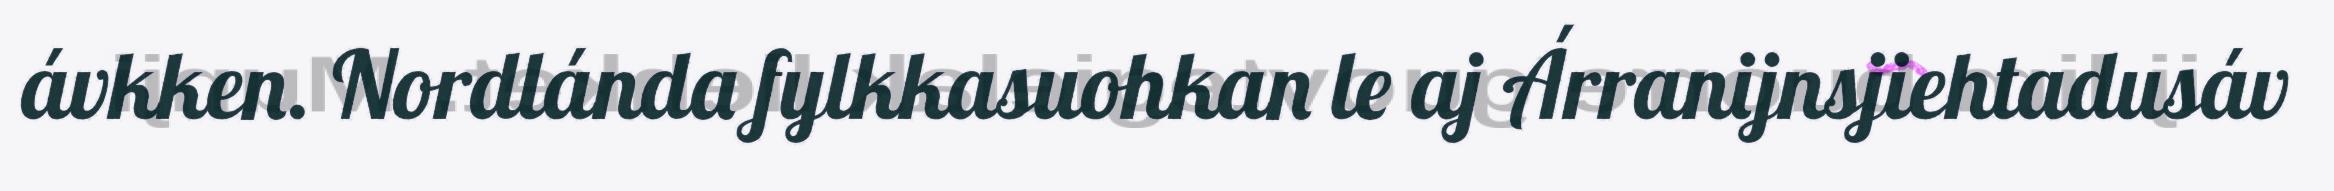
ávkken. Nordlánda fylkkasuohkan le aj Árranijnsjiehtadusáv